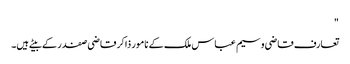
"
تعارف قاضی وسیم عباس ملک کے نامور ذاکر قاضی صفدر کے بیٹے ہیں۔